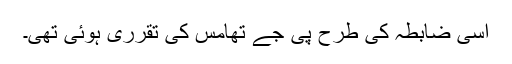
اسی ضابطہ کی طرح پی جے تھامس کی تقرری ہوئی تھی۔